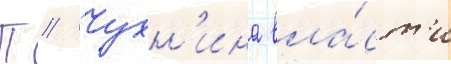
П // Чухн'ина вла́ст'и